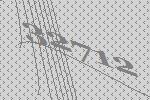
32712